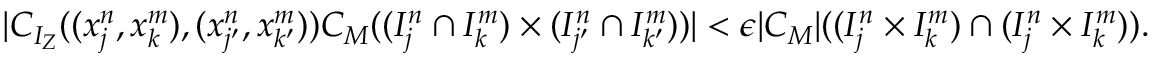
| C _ { I _ { Z } } ( ( x _ { j } ^ { n } , x _ { k } ^ { m } ) , ( x _ { j ^ { \prime } } ^ { n } , x _ { k ^ { \prime } } ^ { m } ) ) C _ { M } ( ( I _ { j } ^ { n } \cap I _ { k } ^ { m } ) \times ( I _ { j ^ { \prime } } ^ { n } \cap I _ { k ^ { \prime } } ^ { m } ) ) | < \epsilon | C _ { M } | ( ( I _ { j } ^ { n } \times I _ { k } ^ { m } ) \cap ( I _ { j } ^ { n } \times I _ { k } ^ { m } ) ) .